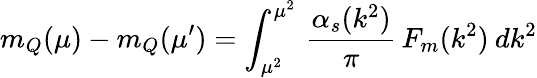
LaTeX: m_{Q}(\mu)-m_{Q}(\mu^{\prime})=\int_{\mu^{2}}^{\mu^{2}}\, \frac{\alpha_{s}(k^{2})}{\pi}\, F_{m}(k^{2})\: dk^{2}